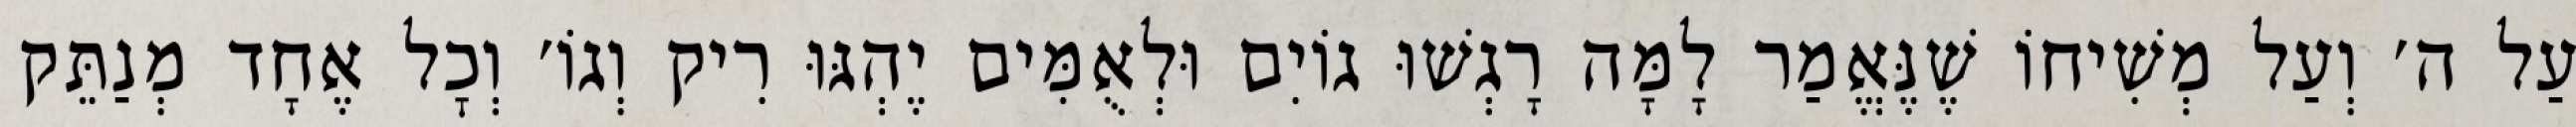
עַל ה׳ וְעַל מְשִׁיחוֹ שֶׁנֶּאֱמַר לָמָּה רָגְשׁוּ גוֹיִם וּלְאֻמִּים יֶהְגּוּ רִיק וְגוֹ׳ וְכׇל אֶחָד מְנַתֵּק